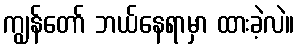
ကျွန်တော် ဘယ်နေရာမှာ ထားခဲ့လဲ။